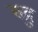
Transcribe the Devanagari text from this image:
रुद्रु